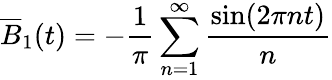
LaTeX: \overline{{{B}}}_{1}(t)=-\frac{1}{\pi}\sum_{n=1}^{\infty}\frac{\sin(2\pi nt)}{n}